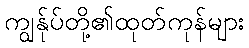
ကျွန်ုပ်တို့၏ထုတ်ကုန်များ